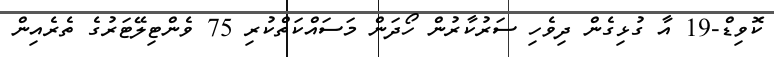
ކޮވިޑް-19 އާ ގުޅިގެން ދިވެހި ސަރުކާރުން ހޯދަން މަސައްކަތްކުރި 75 ވެންޓިލޭޓަރުގެ ތެރެއިން